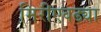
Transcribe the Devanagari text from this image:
मिरीएवढ्या